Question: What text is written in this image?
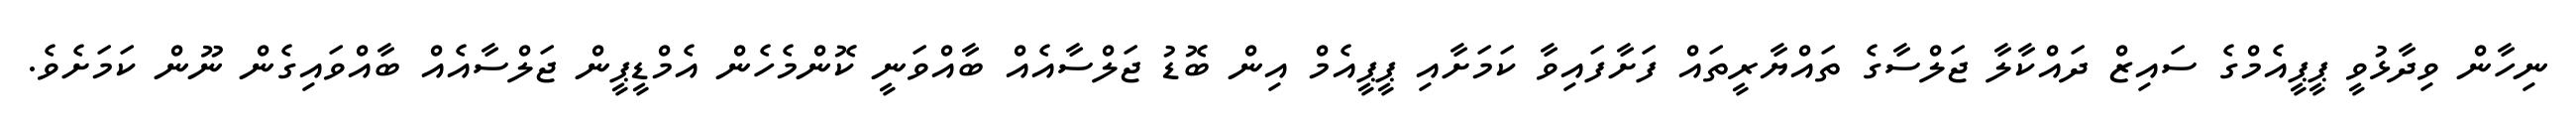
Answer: ނިހާން ވިދާޅުވީ ޕީޕީއެމްގެ ސައިޒް ދައްކާލާ ޖަލްސާގެ ތައްޔާރީތައް ފަށާފައިވާ ކަމަށާއި ޕީޕީއެމް އިން ބޮޑު ޖަލްސާއެއް ބާއްވަނީ ކޮންމެހެން އެމްޑީޕީން ޖަލްސާއެއް ބާއްވައިގެން ނޫން ކަމަށެވެ.